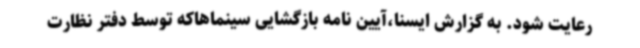
رعایت شود. به گزارش ایسنا،آیین نامه بازگشایی سینماهاکه توسط دفتر نظارت